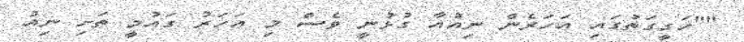
""ހަގީގަތުގައި އަހަރެން ނިއުއާ ގުޅުނީ ވެސް މި އަހަރު ގައުމީ ތަށި ނިއު